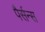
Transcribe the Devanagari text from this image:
पैर्सन्स